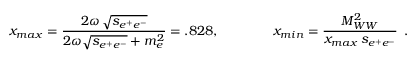
x _ { m a x } = { \frac { \displaystyle 2 \omega \, \sqrt { s _ { e ^ { + } e ^ { - } } } } { 2 \omega \sqrt { s _ { e ^ { + } e ^ { - } } } + m _ { e } ^ { 2 } } } = . 8 2 8 , \qquad \qquad x _ { m i n } = { \frac { \displaystyle M _ { W W } ^ { 2 } } { x _ { m a x } \, s _ { e ^ { + } e ^ { - } } } } \, \, \, .